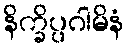
နိက္ခိပ္ပဂါမိနံ